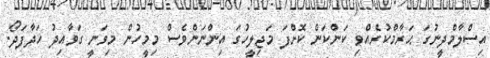
އިސްލާމްދީނުގަ ޙަރާމްކުރެއްވި ކަންކަން ކޮށްފަ މަޖިލީހުގަ އިންނަންވެސް މިމީހުން މިވަނީ ގަވާއިދު ހަދާފަދޯ.